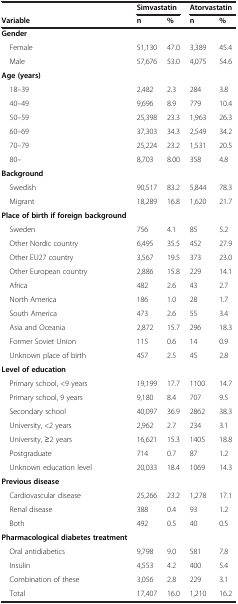
<table><thead><tr><td>[EMPTY_CELL]</td><td colspan="2"><b>Simvastatin</b></td><td colspan="2"><b>Atorvastatin</b></td></tr><tr><td><b>Variable</b></td><td><b>n</b></td><td><b>%</b></td><td><b>n</b></td><td><b>%</b></td></tr></thead><tbody><tr><td><b>Gender</b></td><td>[EMPTY_CELL]</td><td>[EMPTY_CELL]</td><td>[EMPTY_CELL]</td><td>[EMPTY_CELL]</td></tr><tr><td> Female</td><td>51,130</td><td>47.0</td><td>3,389</td><td>45.4</td></tr><tr><td> Male</td><td>57,676</td><td>53.0</td><td>4,075</td><td>54.6</td></tr><tr><td><b>Age (years)</b></td><td>[EMPTY_CELL]</td><td>[EMPTY_CELL]</td><td>[EMPTY_CELL]</td><td>[EMPTY_CELL]</td></tr><tr><td> 18–39</td><td>2,482</td><td>2.3</td><td>284</td><td>3.8</td></tr><tr><td> 40–49</td><td>9,696</td><td>8.9</td><td>779</td><td>10.4</td></tr><tr><td> 50–59</td><td>25,398</td><td>23.3</td><td>1,963</td><td>26.3</td></tr><tr><td> 60–69</td><td>37,303</td><td>34.3</td><td>2,549</td><td>34.2</td></tr><tr><td> 70–79</td><td>25,224</td><td>23.2</td><td>1,531</td><td>20.5</td></tr><tr><td> 80–</td><td>8,703</td><td>8.00</td><td>358</td><td>4.8</td></tr><tr><td><b>Background</b></td><td>[EMPTY_CELL]</td><td>[EMPTY_CELL]</td><td>[EMPTY_CELL]</td><td>[EMPTY_CELL]</td></tr><tr><td> Swedish</td><td>90,517</td><td>83.2</td><td>5,844</td><td>78.3</td></tr><tr><td> Migrant</td><td>18,289</td><td>16.8</td><td>1,620</td><td>21.7</td></tr><tr><td><b>Place of birth if foreign background</b></td><td>[EMPTY_CELL]</td><td>[EMPTY_CELL]</td><td>[EMPTY_CELL]</td><td>[EMPTY_CELL]</td></tr><tr><td> Sweden</td><td>756</td><td>4.1</td><td>85</td><td>5.2</td></tr><tr><td> Other Nordic country</td><td>6,495</td><td>35.5</td><td>452</td><td>27.9</td></tr><tr><td> Other EU27 country</td><td>3,567</td><td>19.5</td><td>373</td><td>23.0</td></tr><tr><td> Other European country</td><td>2,886</td><td>15.8</td><td>229</td><td>14.1</td></tr><tr><td> Africa</td><td>482</td><td>2.6</td><td>43</td><td>2.7</td></tr><tr><td> North America</td><td>186</td><td>1.0</td><td>28</td><td>1.7</td></tr><tr><td> South America</td><td>473</td><td>2.6</td><td>55</td><td>3.4</td></tr><tr><td> Asia and Oceania</td><td>2,872</td><td>15.7</td><td>296</td><td>18.3</td></tr><tr><td> Former Soviet Union</td><td>115</td><td>0.6</td><td>14</td><td>0.9</td></tr><tr><td> Unknown place of birth</td><td>457</td><td>2.5</td><td>45</td><td>2.8</td></tr><tr><td><b>Level of education</b></td><td>[EMPTY_CELL]</td><td>[EMPTY_CELL]</td><td>[EMPTY_CELL]</td><td>[EMPTY_CELL]</td></tr><tr><td> Primary school, &lt;9 years</td><td>19,199</td><td>17.7</td><td>1100</td><td>14.7</td></tr><tr><td> Primary school, 9 years</td><td>9,180</td><td>8.4</td><td>707</td><td>9.5</td></tr><tr><td> Secondary school</td><td>40,097</td><td>36.9</td><td>2862</td><td>38.3</td></tr><tr><td> University, &lt;2 years</td><td>2,962</td><td>2.7</td><td>234</td><td>3.1</td></tr><tr><td> University, ≥2 years</td><td>16,621</td><td>15.3</td><td>1405</td><td>18.8</td></tr><tr><td> Postgraduate</td><td>714</td><td>0.7</td><td>87</td><td>1.2</td></tr><tr><td> Unknown education level</td><td>20,033</td><td>18.4</td><td>1069</td><td>14.3</td></tr><tr><td><b>Previous disease</b></td><td>[EMPTY_CELL]</td><td>[EMPTY_CELL]</td><td>[EMPTY_CELL]</td><td>[EMPTY_CELL]</td></tr><tr><td> Cardiovascular disease</td><td>25,266</td><td>23.2</td><td>1,278</td><td>17.1</td></tr><tr><td> Renal disease</td><td>388</td><td>0.4</td><td>93</td><td>1.2</td></tr><tr><td> Both</td><td>492</td><td>0.5</td><td>40</td><td>0.5</td></tr><tr><td><b>Pharmacological diabetes treatment</b></td><td>[EMPTY_CELL]</td><td>[EMPTY_CELL]</td><td>[EMPTY_CELL]</td><td>[EMPTY_CELL]</td></tr><tr><td> Oral antidiabetics</td><td>9,798</td><td>9.0</td><td>581</td><td>7.8</td></tr><tr><td> Insulin</td><td>4,553</td><td>4.2</td><td>400</td><td>5.4</td></tr><tr><td> Combination of these</td><td>3,056</td><td>2.8</td><td>229</td><td>3.1</td></tr><tr><td> Total</td><td>17,407</td><td>16.0</td><td>1,210</td><td>16.2</td></tr></tbody></table>